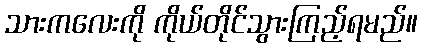
သားကလေးကို ကိုယ်တိုင်သွားကြည့်ရမည်။